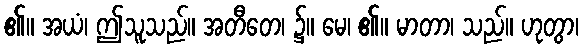
၏။ အယံ၊ ဤသူသည်။ အတီတေ၊ ၌။ မေ၊ ၏။ မာတာ၊ သည်။ ဟုတွာ၊